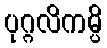
ပုဂ္ဂလိကမ္ပိ